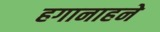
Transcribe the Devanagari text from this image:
हगानाहने